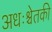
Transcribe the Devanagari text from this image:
अधःश्चेतकी